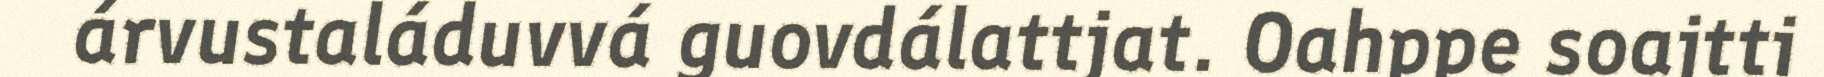
árvustaláduvvá guovdálattjat. Oahppe soajtti